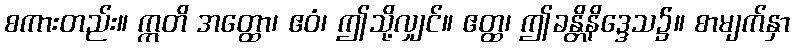
စကားတည်း။ ဣတိ အတ္ထော၊ ဧဝံ၊ ဤသို့လျှင်။ ဧတ္ထ၊ ဤခန္တိနိဒ္ဒေသ၌။ စာမျက်နှာ